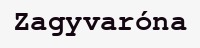
Zagyvaróna